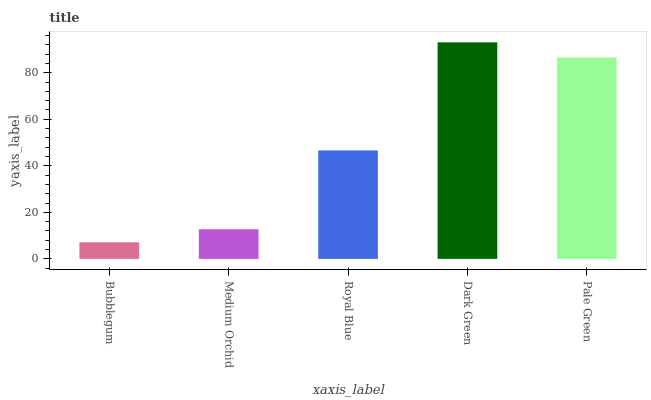
| xaxis_label | bars |
 | --- | --- |
 | Bubblegum | 7.12 |
 | Medium Orchid | 12.7 |
 | Royal Blue | 46.6 |
 | Dark Green | 93.1 |
 | Pale Green | 86.5 |